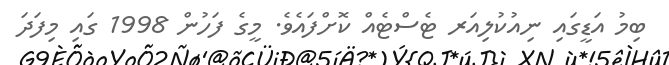
ބިމު އަޑީގައި ނިއުކުލިއަރ ޓެސްޓެއް ކޮށްފައެވެ. މީގެ ފަހުން 1998 ގައި މިފަދަ